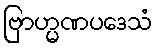
ဗြာဟ္မဏပဒေသံ